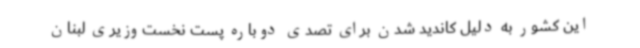
این کشور به دلیل کاندید شدن برای تصدی دوباره پست نخست‌وزیری لبنان